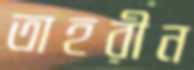
তাহরীন